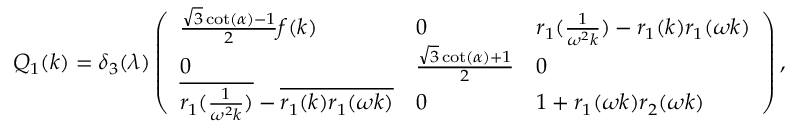
\begin{array} { r } { Q _ { 1 } ( k ) = \delta _ { 3 } ( \lambda ) \left( \begin{array} { l l l } { \frac { \sqrt { 3 } \cot ( \alpha ) - 1 } { 2 } f ( k ) } & { 0 } & { r _ { 1 } ( \frac { 1 } { \omega ^ { 2 } k } ) - r _ { 1 } ( k ) r _ { 1 } ( \omega k ) } \\ { 0 } & { \frac { \sqrt { 3 } \cot ( \alpha ) + 1 } { 2 } } & { 0 } \\ { \overline { { r _ { 1 } ( \frac { 1 } { \omega ^ { 2 } k } ) } } - \overline { { r _ { 1 } ( k ) r _ { 1 } ( \omega k ) } } } & { 0 } & { 1 + r _ { 1 } ( \omega k ) r _ { 2 } ( \omega k ) } \end{array} \right) , } \end{array}